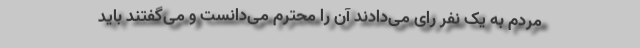
مردم به یک نفر راًی می‌دادند آن را محترم می‌دانست و می‌گفتند باید